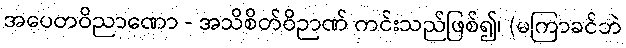
အပေတဝိညာဏော - အသိစိတ်ဝိဉာဏ် ကင်းသည်ဖြစ်၍၊ (မကြာခင်ဘဲ